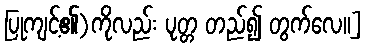
ပြုကျင့်၏)ကိုလည်း ပုတ္တ တည်၍ တွက်လေ။]